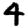
Digit: 4